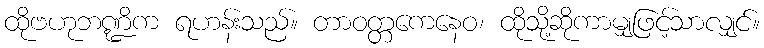
ထိုဗဟုဘဏ္ဍိက ရဟန်းသည်။ တာဝတ္တကေနေဝ၊ ထိုသို့ဆိုကာမျှဖြင့်သာလျှင်။